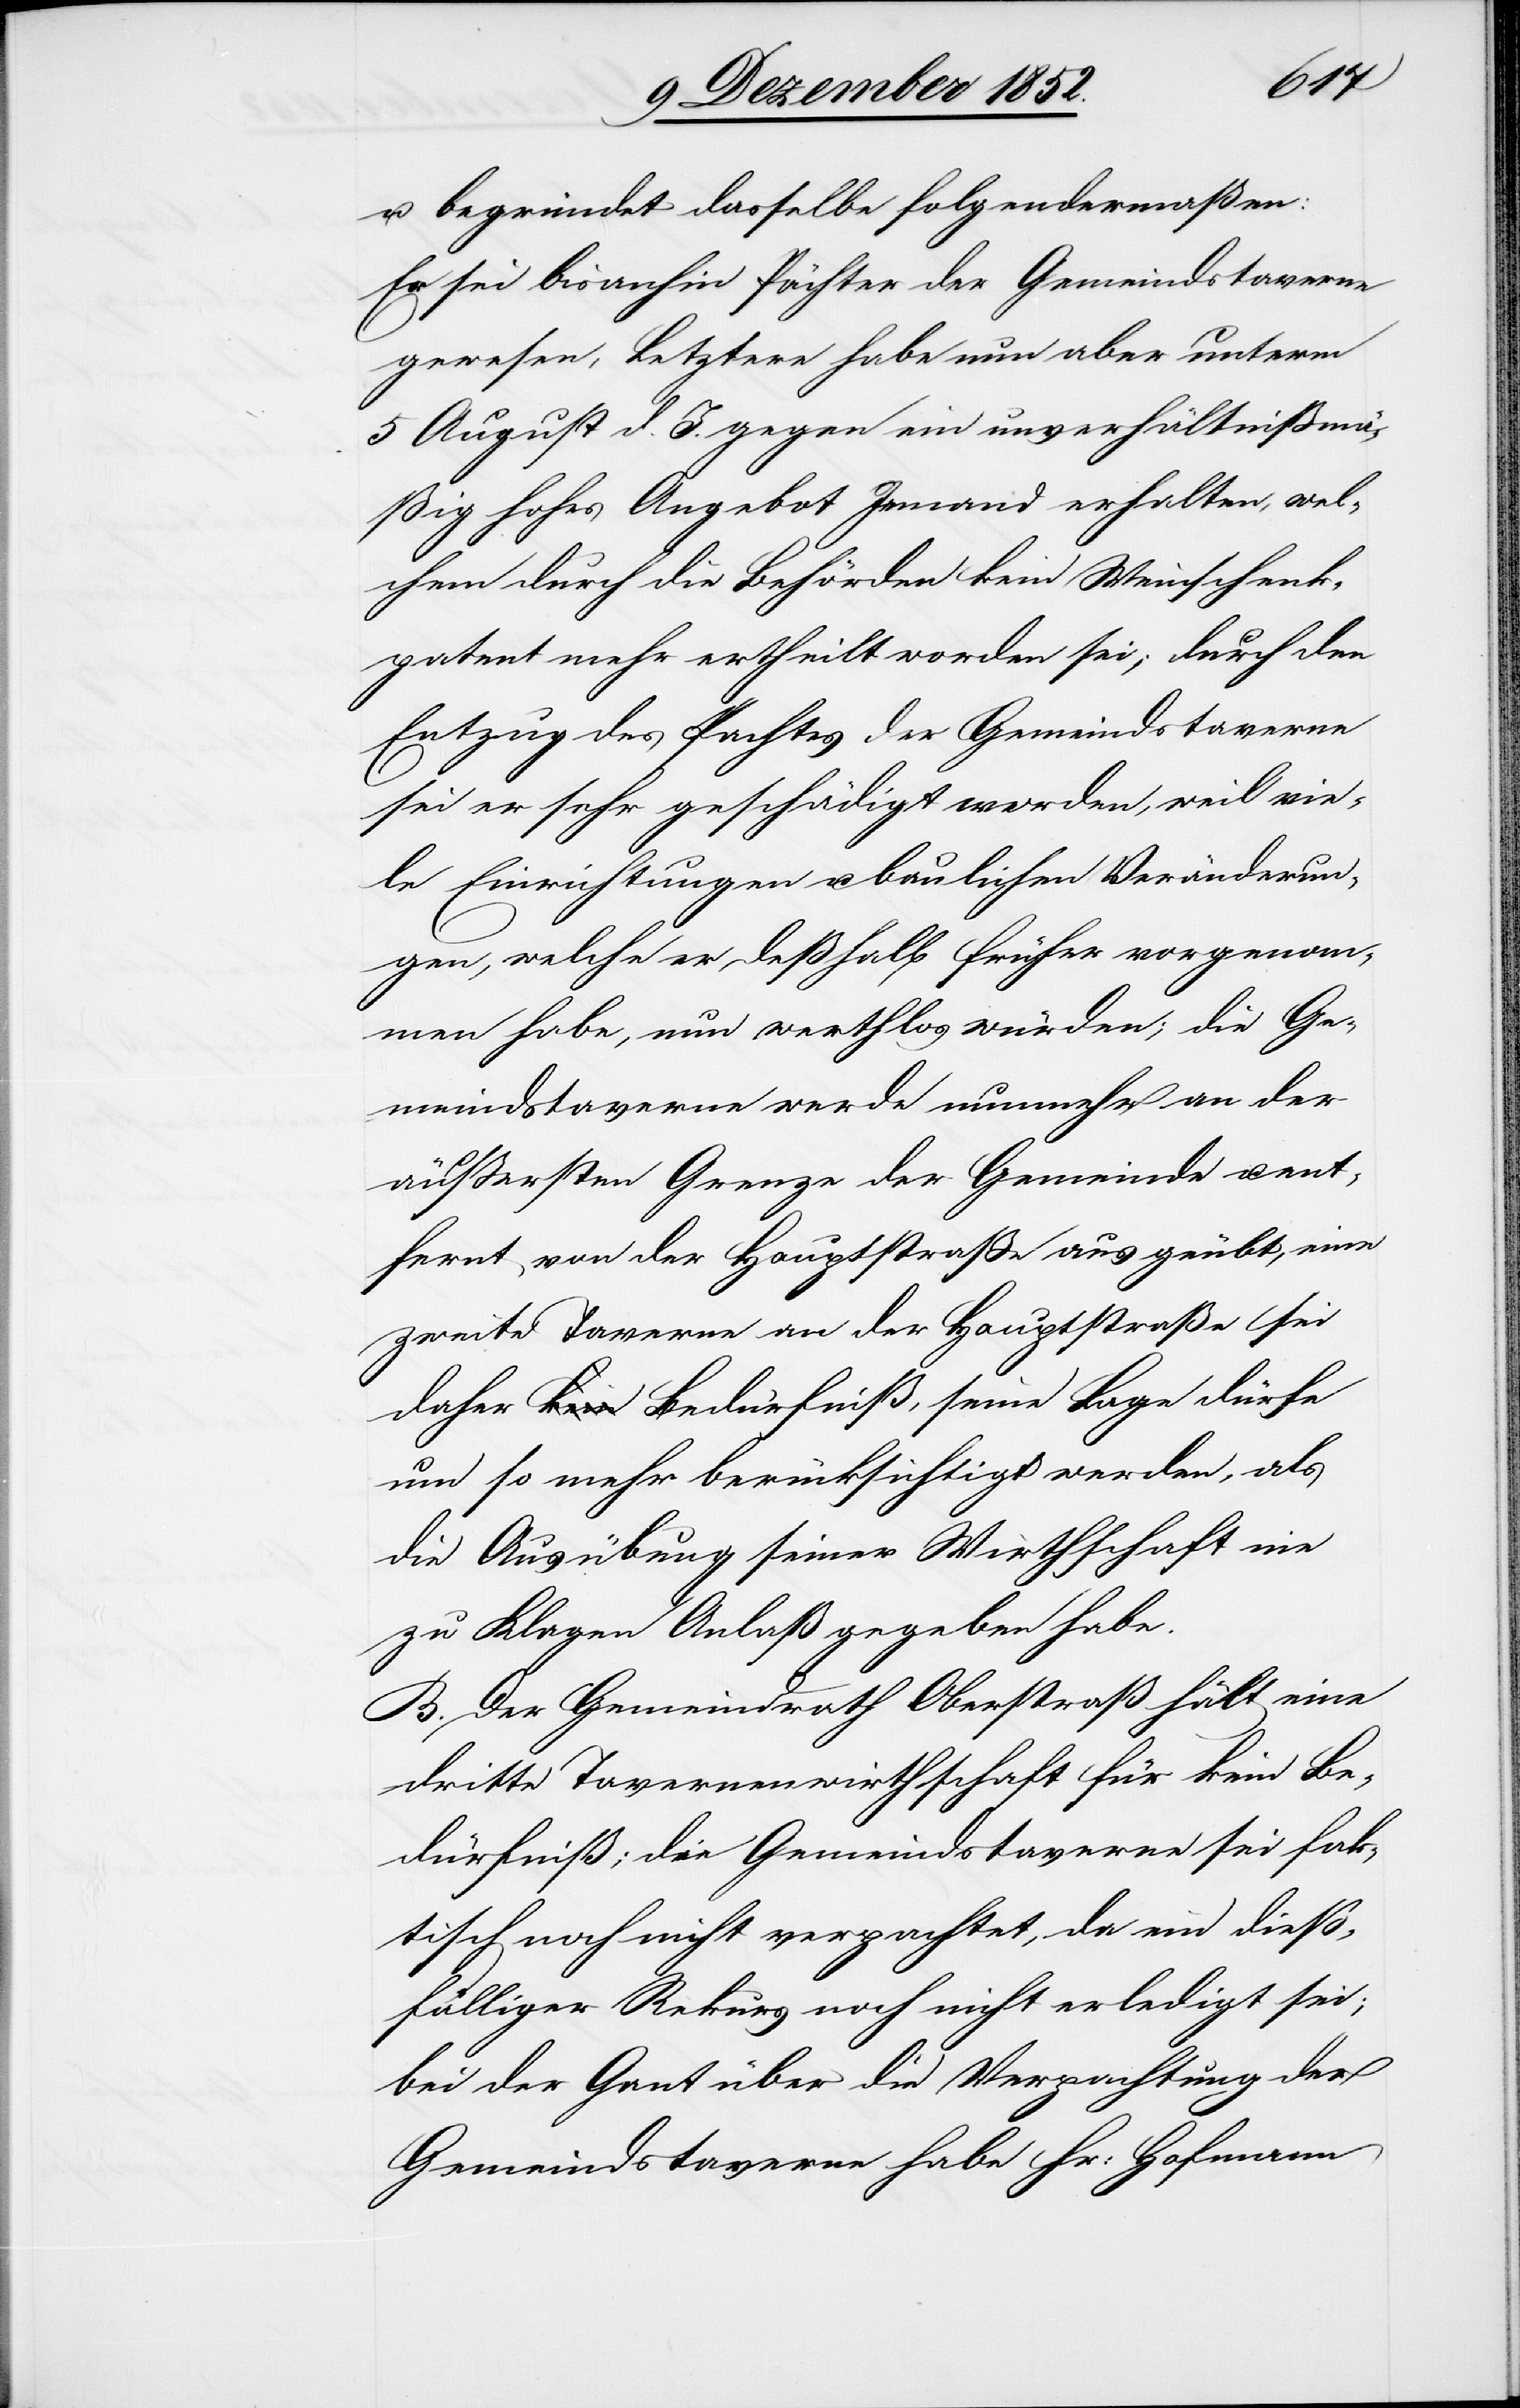
u. begründet dasselbe folgendermaßen:
Er sei bisanhin Pächter der Gemeindstaverne
gewesen, Letztere habe nun aber unterm
5 August d. J. gegen ein unverhältnißmä¬
ßig hohes Angebot Jemand erhalten, wel¬
chem durch die Behörden kein Weinschenk¬
patent mehr ertheilt worden sei; durch den
Entzug des Pachtes der Gemeindstaverne
sei er sehr geschädigt worden, weil vie¬
le Einrichtungen u. baulichen Veränderun¬
gen, welche er deßhalb früher vorgenom¬
men habe, nun werthlos würden; die Ge¬
meindstaverne werde nunmehr an der
äußersten Grenze der Gemeinde u. ent¬
fernt von der Hauptstraße ausgeübt, eine
zweite Taverne an der Hauptstraße sei
daher a-kein-a Bedürfniß, seine Lage dürfe
um so mehr berücksichtigt werden, als
die Ausübung seiner Wirthschaft nie
zu Klagen Anlaß gegeben habe.
B. Der Gemeindrath Oberstraß hält eine
dritte Tavernenwirthschaft für kein Be¬
dürfniß; die Gemeindstaverne sei fak¬
tisch noch nicht verpachtet, da ein dieß¬
fälliger Rekurs noch nicht erledigt sei;
bei der Gant über die Verpachtung der
Gemeindstaverne habe Hr: Hofmann